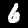
Label: 6